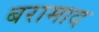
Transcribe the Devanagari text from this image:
बरामाद